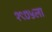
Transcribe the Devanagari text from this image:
१९७५ला